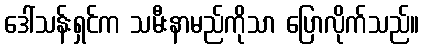
ဒေါ်သန်းရှင်က သမီးနာမည်ကိုသာ ပြောလိုက်သည်။